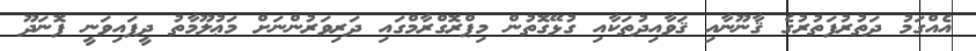
އެއްގަމު ދަތުރުފަތުރުގެ ޤާނޫނާއި ޤަވާއިދުތަކާއި ގުޅޭގޮތުން މިޕްރޮގްރާމްގައި ދަރިވަރުންނަށް މަޢުލޫމާތު ދީފައިވަނީ ފޮނަދޫ